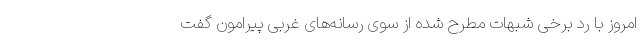
امروز با رد برخی شبهات مطرح شده از سوی رسانه‌های غربی پیرامون گفت